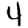
Digit: 4